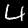
Label: 4